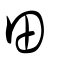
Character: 田